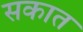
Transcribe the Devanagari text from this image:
सकात